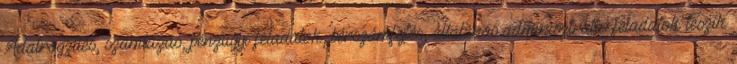
Adatrögzítés, számlázás, pénzügyi feladatok, bérszámfejtés, általános adminisztratív feladatok teszik